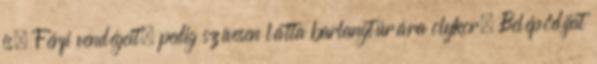
is. Férfi vendégeit, pedig szívesen látta barlangtúrára olykor. Belépődíjat